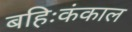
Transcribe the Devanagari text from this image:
बहिःकंकाल